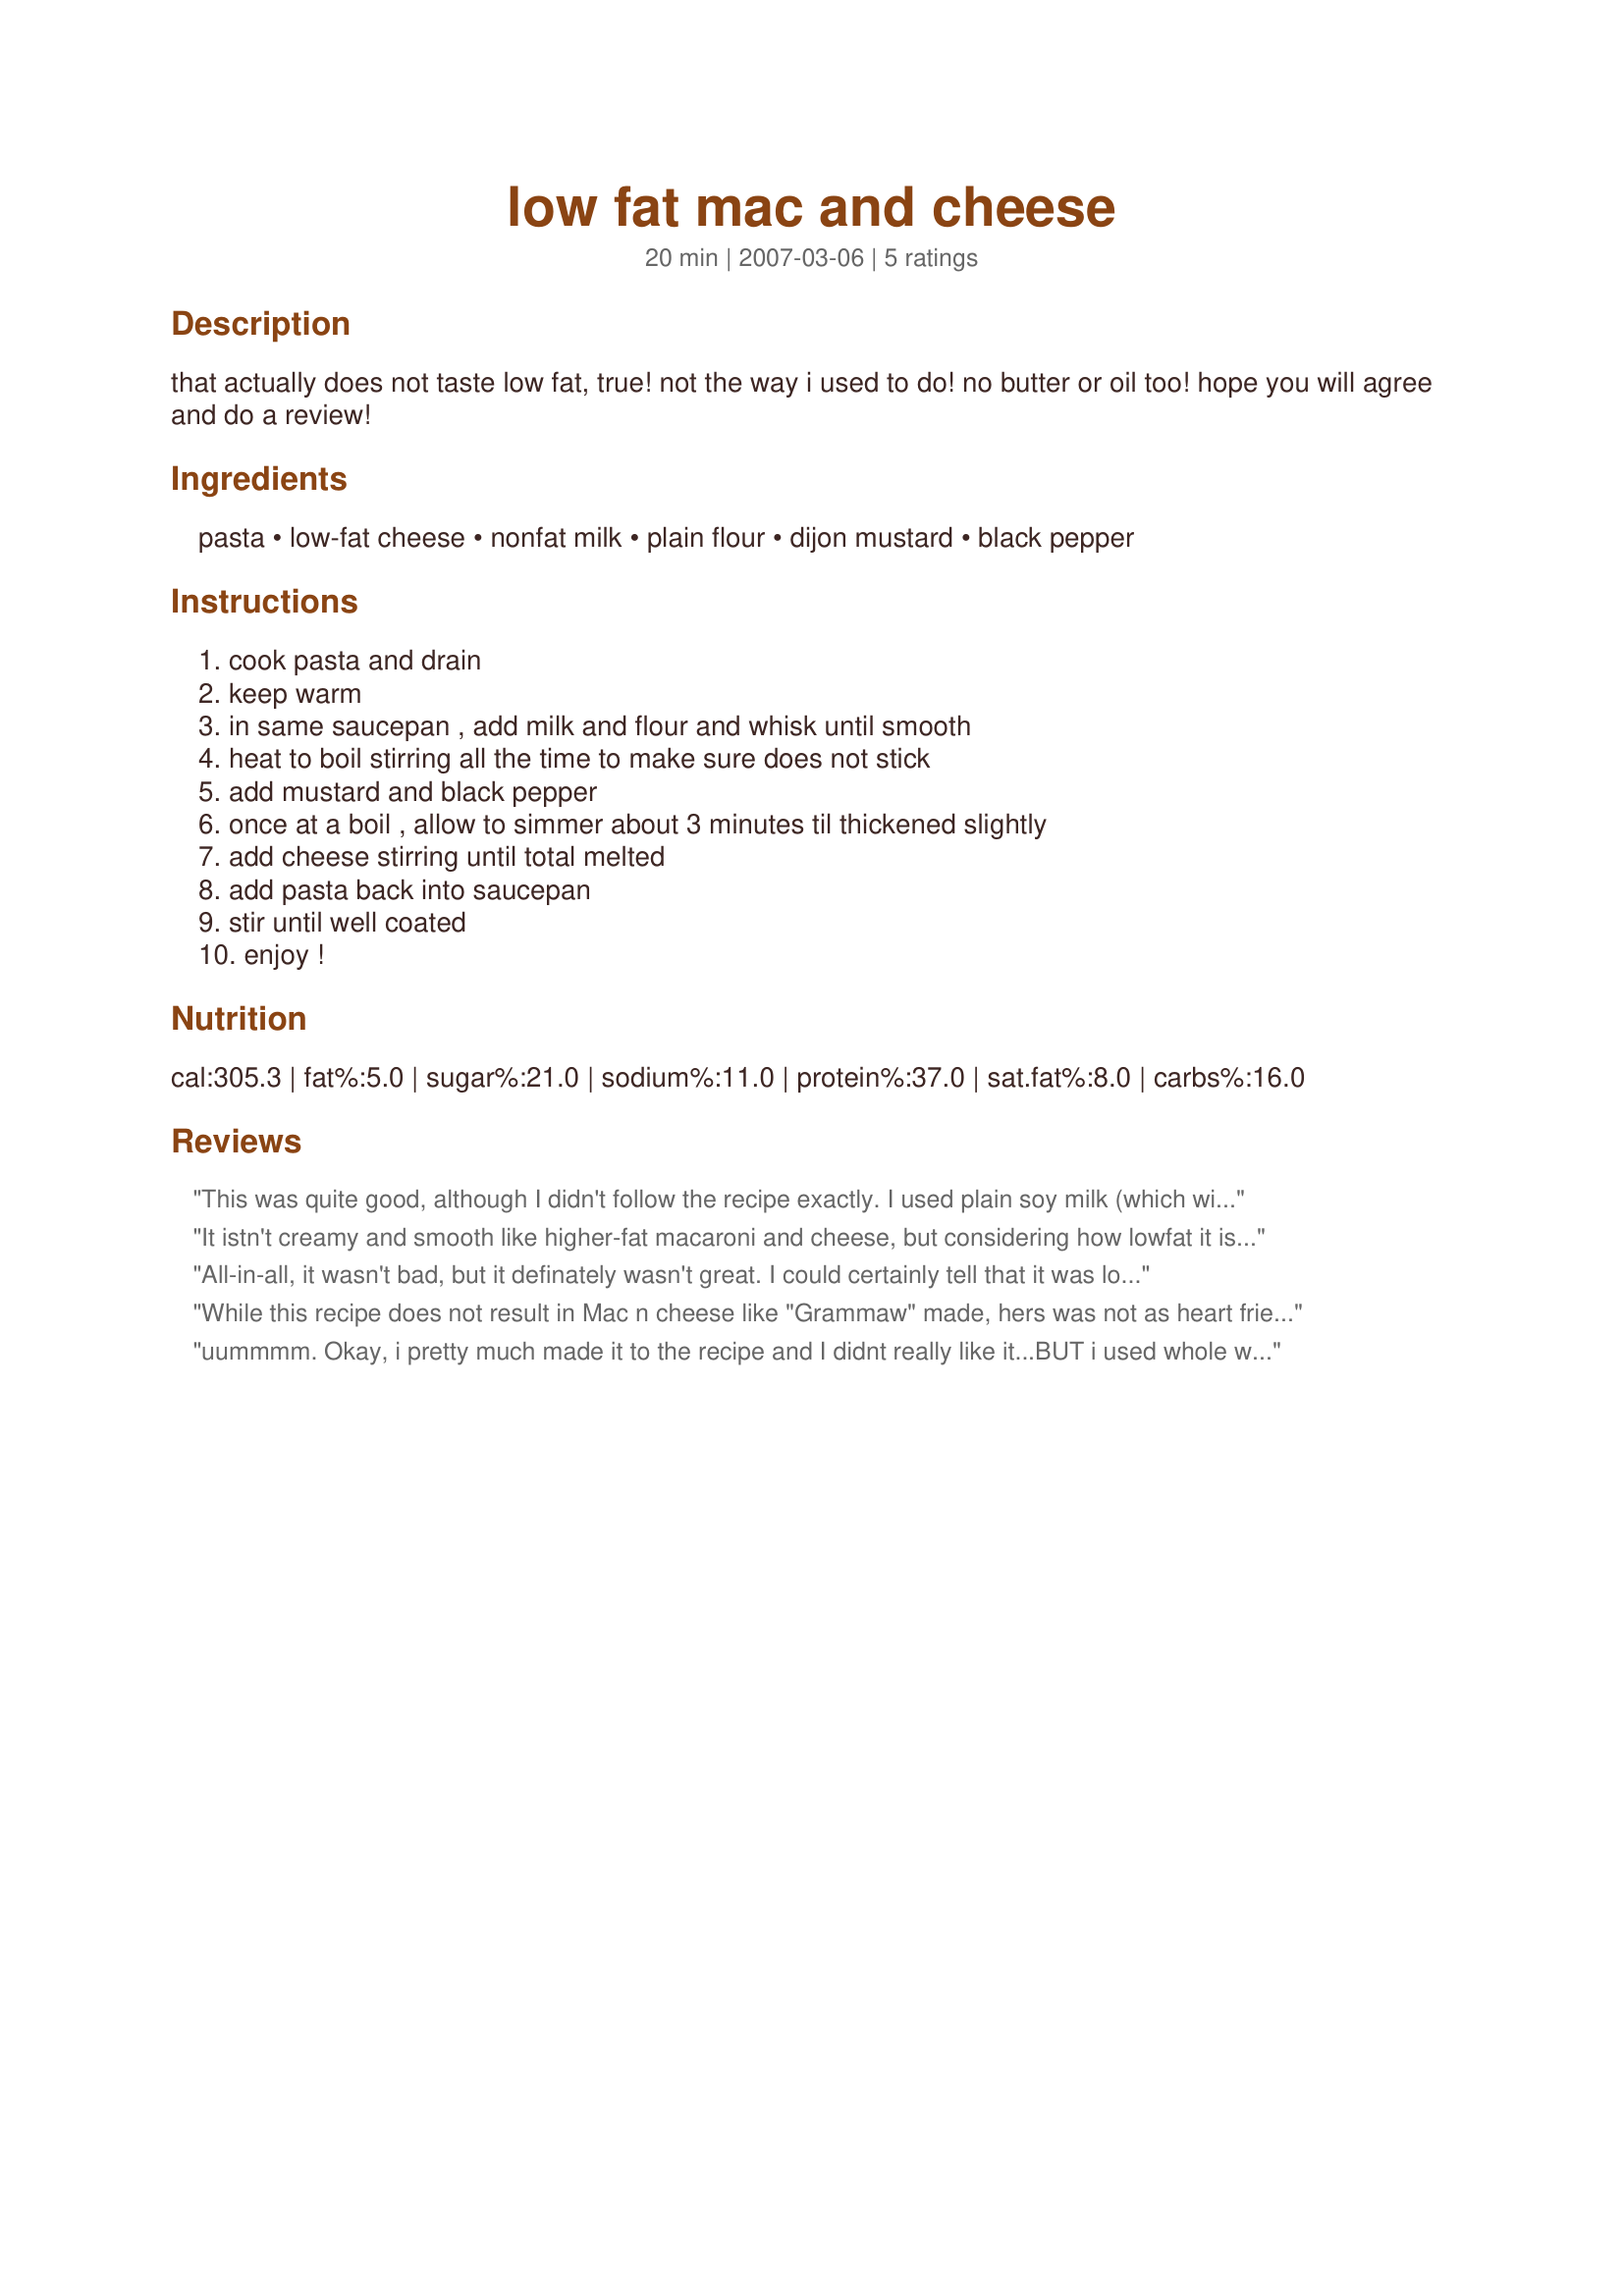
low fat mac and cheese
Preparation time: 20 minutes

that actually does not taste low fat, true!
not the way i used to do!
no butter or oil too!
hope you will agree and do a review!

Ingredients:
pasta, low-fat cheese, nonfat milk, plain flour, dijon mustard, black pepper

Steps:
cook pasta and drain, keep warm, in same saucepan , add milk and flour and whisk until smooth, heat to boil stirring all the time to make sure does not stick, add mustard and black pepper, once at a boil , allow to simmer about 3 minutes til thickened slightly, add cheese stirring until total melted, add pasta back into saucepan, stir until well coated, enjoy !

Reviews:
This was quite good, although I didn't follow the recipe exactly. I used plain soy milk (which will make it creamier), 2 cups shredded cheese and added 2 Tbsp. low fat margarine.
It istn't creamy and smooth like higher-fat macaroni and cheese, but considering how lowfat it is, it's pretty darn good. I used lowfat cheddar and mozzarella cheeses. I used my immersion blender to blend the flour and milk together, since without butter, the two just don't combine well. I did add the parsley mentioned in step nine and some extra Dijon. Great if you're dieting and crave mac & cheese! Thanx for posting.
All-in-all, it wasn't bad, but it definately wasn't great. I could certainly tell that it was low fat and kind of had a grainy texture. Perhaps my cheese didn't melt into the sauce properly. It was quick and easy to make, which is a plus. All things considered, I'll give it 4 stars.
While this recipe does not result in Mac n cheese like "Grammaw" made, hers was not as heart friendly as this one. And, fairly low sodium, too. An easy recipe to use, simple ingredients, and a delicious side dish. Thanks so much, Mickey for posting this recipe for us "fat and Sodium" watchers.
uummmm. Okay, i pretty much made it to the recipe and I didnt really like it...BUT i used whole wheat pasta and maybe that affected the taste. Overall, I pretty much wont be making again.
